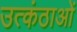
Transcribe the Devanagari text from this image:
उत्कंठाओं